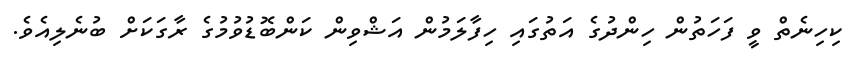
ކިހިނެތް ވީ ފަހަތުން ހިންދުގެ އަތުގައި ހިފާލަމުން އަޝްވިން ކަންބޮޑުވުމުގެ ރާގަކަށް ބުނެލިއެވެ.